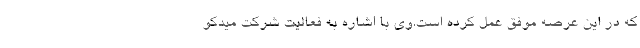
كه در این عرصه موفق عمل كرده است.وی با اشاره به فعالیت شركت میدكو